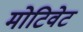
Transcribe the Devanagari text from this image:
मोटिवेट